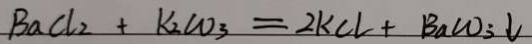
B a C l _ { 2 } + K _ { 2 } C O _ { 3 } = 2 k C l + B a C O _ { 3 } \downarrow